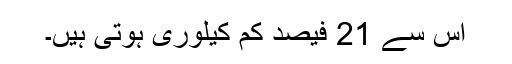
اس سے 21 فیصد کم کیلوری ہوتی ہیں۔